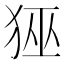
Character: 𭸊